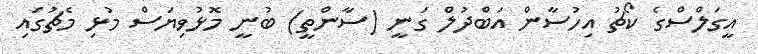
އީގަލްސްގެ ކޯޗު އިހުސާން އަބްދުލް ގަނީ (ސާންތީ) ބުނީ މޮޅުވިޔަސް މުޅި މެޗުގައި